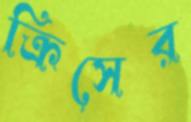
ক্রিসের